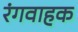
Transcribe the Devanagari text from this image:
रंगवाहक